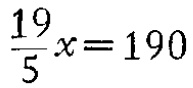
$\frac{19}{5}x = 190$